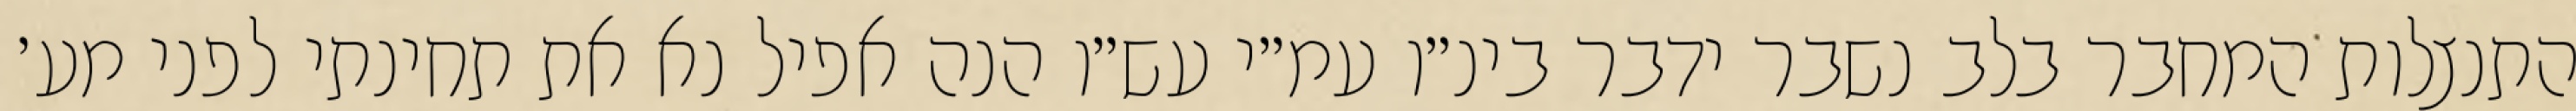
התנצלות המחבר בלב נשבר ידבר בינ״ו עמ״י עש״ו הנה אפיל נא את תחינתי לפני מע׳